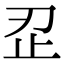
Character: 𰙜